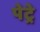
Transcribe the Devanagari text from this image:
पेट्रे